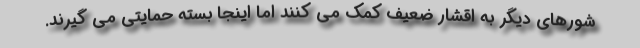
شورهای دیگر به اقشار ضعیف کمک می کنند اما اینجا بسته حمایتی می گیرند.